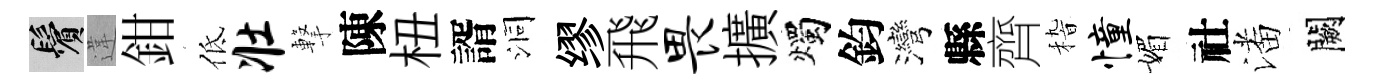
鬢違鉗低壮撃陳杻諝洞缪飛畏擴燭鈞灣縣齊𥟵憧媚社潘闕